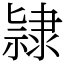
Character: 𨽻